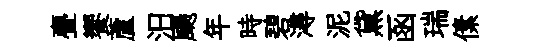
亹饗蘆汨颺年時碧潯泥黛函瑞傃